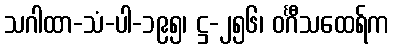
သဂါထာ-သံ-ပါ-၁၉၅၊ ဋ္ဌ-၂၅၆၊ ဝင်္ဂီသထေရ်က